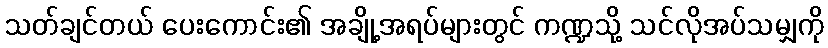
သတ်ချင်တယ် ပေးကောင်း၏ အချို့အရပ်များတွင် ကဏ္ဍသို့ သင်လိုအပ်သမျှကို